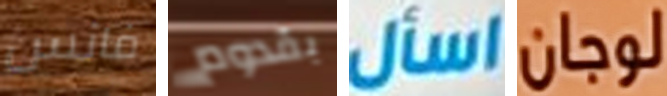
فانس بقدوم اسأل لوجان